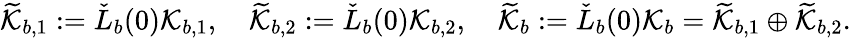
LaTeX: \widetilde{\mathcal{K}}_{b,1}:=\check{L}_{b}(0)\mathcal{K}_{b,1},\quad\widetilde{\mathcal{K}}_{b,2}:=\check{L}_{b}(0)\mathcal{K}_{b,2},\quad\widetilde{\mathcal{K}}_{b}:=\check{L}_{b}(0)\mathcal{K}_{b}=\widetilde{\mathcal{K}}_{b,1}\oplus\widetilde{\mathcal{K}}_{b,2}.